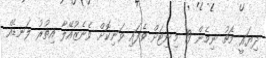
ދިޔައީ މެޗު ނިމެން 19 މިނިޓަށް ވެފައި ވަނިކޮށް ވެނެޒުއޭލާ އިތުރު ލަނޑެއް